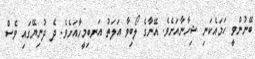
ބޭނުންވީ ހަމައެކަނި ޝިހާނާއަށެވެ. އޭނާގެ ލޯބިވާ އަލަތު އަނބިމީހާއަށެވެ. ދެ ދުނިޔޭގައި ވެސް